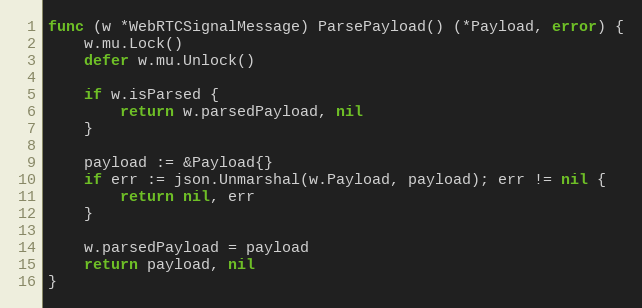
Language: Go
func (w *WebRTCSignalMessage) ParsePayload() (*Payload, error) {
	w.mu.Lock()
	defer w.mu.Unlock()

	if w.isParsed {
		return w.parsedPayload, nil
	}

	payload := &Payload{}
	if err := json.Unmarshal(w.Payload, payload); err != nil {
		return nil, err
	}

	w.parsedPayload = payload
	return payload, nil
}